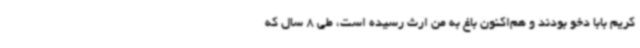
کریم بابا دخو بودند و هم‌اکنون باغ به من ارث رسیده است، طی 8 سال که